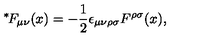
\mathrm { \mathrm { } ^ * \! } F _ { \mu \nu } ( x ) = - \mathrm { \small \frac { 1 } { 2 } } \epsilon _ { \mu \nu \rho \sigma } F ^ { \rho \sigma } ( x ) ,